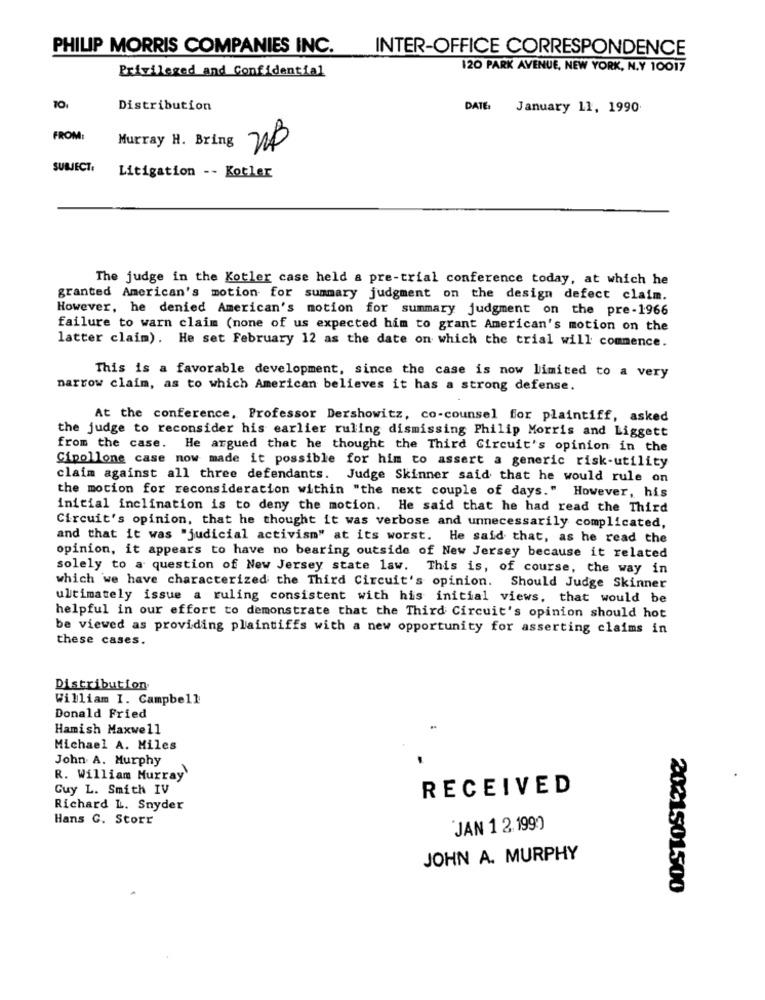
PHILIP MORRIS COMPANIES INC.
INTER-OFFICE CORRESPONDENCE
Privileged and Confidential
120 PARK AVENUE, NEW YORK, N.Y 10017
Distribution
DATE:
January 11, 1990
FROM:
Murray H. Bring
SUBJECT,
Litigation -- Kotler
The judge in the Kotler case held a pre-trial conference today, at which he
granted American's motion for summary judgment on the design defect claim.
However, he denied American's motion for summary judgment on the pre-1966
failure to warn claim (none of us expected him to grant American's motion on the
latter claim). He set February 12 as the date on which the trial will commence.
This is a favorable development, since the case is now limited to a very
narrow claim, as to which American believes it has a strong defense.
At the conference, Professor Dershowitz, co-counsel for plaintiff, asked
the judge to reconsider his earlier ruling dismissing Philip Morris and Liggett
from the case. He argued that he thought the Third Circuit's opinion in the
Cipollone case now made it possible for him to assert a generic risk-utility
claim against all three defendants. Judge Skinner said that he would rule on
the motion for reconsideration within "the next couple of days." However, his
initial inclination is to deny the motion. He said that he had read the Third
Circuit's opinion, that he thought it was verbose and unnecessarily complicated,
and that it was "judicial activism" at its worst. He said that, as he read the
opinion, it appears to have no bearing outside of New Jersey because it related
solely to a question of New Jersey state law. This is, of course, the way in
which we have characterized the Third Circuit's opinion. Should Judge Skinner
ultimately issue a ruling consistent with his initial views, that would be
helpful in our effort to demonstrate that the Third Circuit's opinion should hot
be viewed as providing plaintiffs with a new opportunity for asserting claims in
these cases.
Distribution
William I. Campbell
Donald Fried
Hamish Maxwell
Michael A. Miles
John A. Murphy
R. William Murray'
Guy L. Smith IV
RECEIVED
Richard L. Snyder
Hans C. Storr
JAN 1 2.1990
JOHN A. MURPHY
2021501500